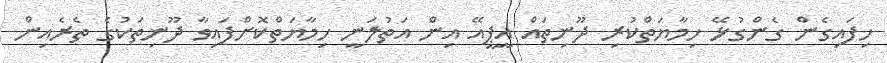
ހިފައިގެން ގެންގުޅޭ ހިމާޔަތްކުރި ދޫނިތައް އީޕީއޭ އިން އަތުލަނީ ހިމާޔަތްކޮށްފައިވާ ދޫނިތަކުގެ ތެރެއިން